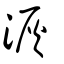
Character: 洃